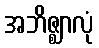
အဘိဇ္ဈာလုံ